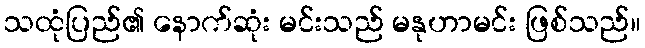
သထုံပြည်၏ နောက်ဆုံး မင်းသည် မနုဟာမင်း ဖြစ်သည်။